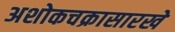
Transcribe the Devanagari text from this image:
अशोकचक्रासारखे